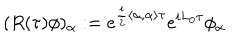
LaTeX: ( R ( \tau ) \phi ) _ { \alpha } : = e ^ { \frac { i } { 2 } \left\langle \alpha , \alpha \right\rangle \tau } e ^ { i L _ { 0 } \tau } \phi _ { \alpha }